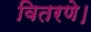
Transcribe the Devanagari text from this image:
वितरणे।